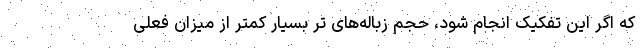
که اگر این تفکیک انجام شود، حجم زباله‌های تر بسیار کمتر از میزان فعلی